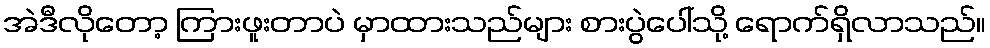
အဲဒီလိုတော့ ကြားဖူးတာပဲ မှာထားသည်များ စားပွဲပေါ်သို့ ရောက်ရှိလာသည်။